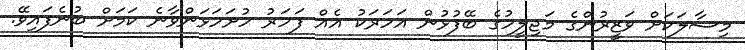
މިސާލަކަށް ވަޒީރުންގެ މަޖިލީހުގެ ބޭފުޅުން އަހަރަކު އެއް ފަހަރު ހުށަހަޅަންވާނެ ކަމަށް ބުނެފައިވޭ.